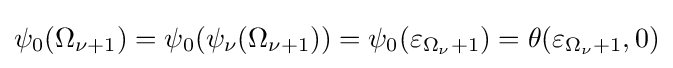
\psi _{0}(\Omega _{\nu +1})=\psi _{0}(\psi _{\nu }(\Omega _{\nu +1}))=\psi _{0}(\varepsilon _{\Omega _{\nu }+1})=\theta (\varepsilon _{\Omega _{\nu }+1},0)